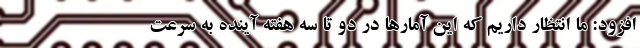
افزود: ما انتظار داریم که این آمارها در دو تا سه هفته آینده به سرعت